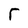
Character: r